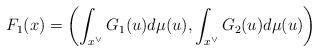
LaTeX: \begin{align*} F_1(x)=\left(\int_{x^{\vee}}G_{1}(u)d\mu(u), \int_{x^{\vee}}G_{2}(u)d\mu(u)\right)\end{align*}